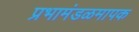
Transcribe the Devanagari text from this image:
प्रभामंडळमापक